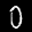
Label: 0